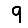
Digit: 9